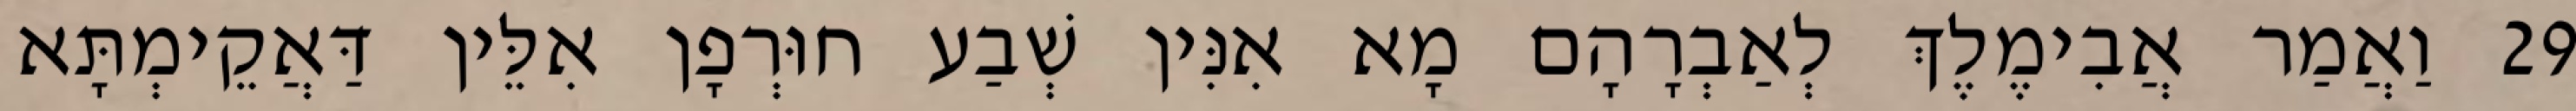
29 וַאֲמַר אֲבִימֶלֶךְ לְאַבְרָהָם מָא אִנִּין שְׁבַע חוּרְפָן אִלֵּין דַּאֲקֵימְתָּא